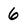
Character: 6